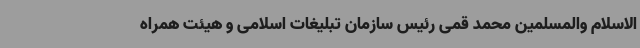
الاسلام والمسلمین محمد قمی رئیس سازمان تبلیغات اسلامی و هیئت همراه